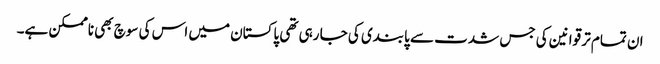
ان تمام تر قوانین کی جس شدت سے پابندی کی جا رہی تھی پاکستان میں اس کی سوچ بھی ناممکن ہے۔